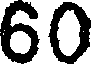
60